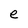
Character: e